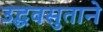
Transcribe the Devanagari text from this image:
उद्धवसुताने